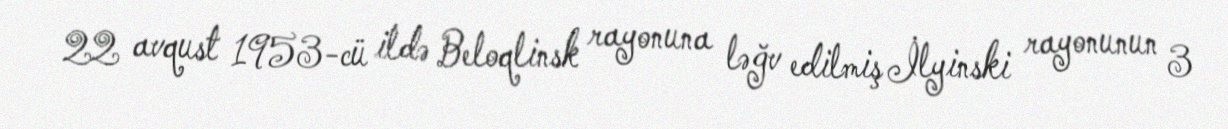
22 avqust 1953-cü ildə Beloqlinsk rayonuna ləğv edilmiş İlyinski rayonunun 3